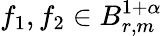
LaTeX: f_{1},f_{2}\in B_{r,m}^{1+\alpha}